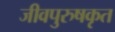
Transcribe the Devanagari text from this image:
जीवपुरुषकृत